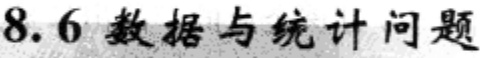
8.6 数据与统计问题